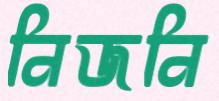
নিজনি